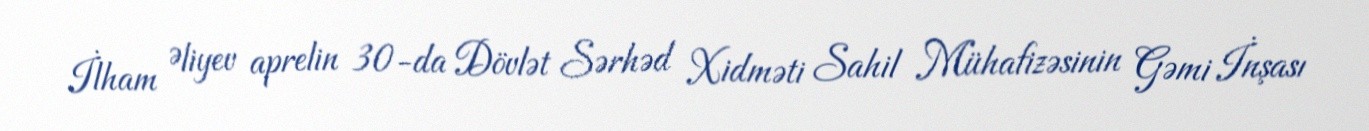
İlham Əliyev aprelin 30-da Dövlət Sərhəd Xidməti Sahil Mühafizəsinin Gəmi İnşası